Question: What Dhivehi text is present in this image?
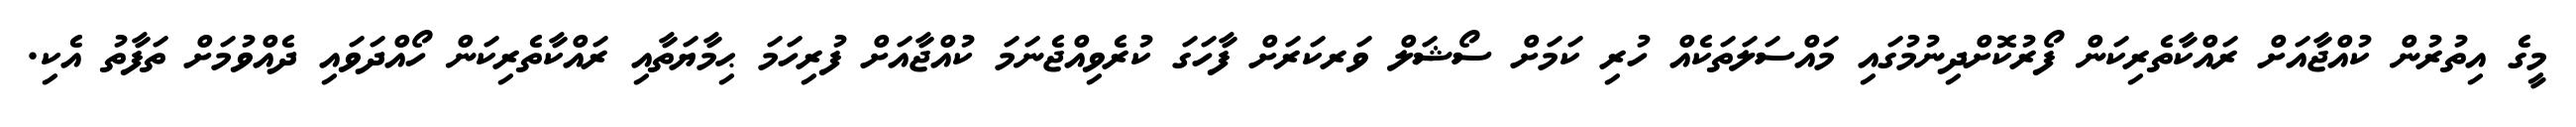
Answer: މީގެ އިތުރުން ކުއްޖާއަށް ރައްކާތެރިކަން ފޯރުކޮށްދިނުމުގައި މައްސަލަތަކެއް ހުރި ކަމަށް ސޯޝަލް ވަރކަރަށް ފާހަގަ ކުރެވިއްޖެނަމަ ކުއްޖާއަށް ފުރިހަމަ ޙިމާޔަތާއި ރައްކާތެރިކަން ހޯއްދަވައި ދެއްވުމަށް ތަފާތު އެކި.